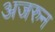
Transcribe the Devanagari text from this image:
अजरुन